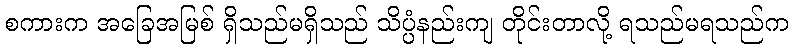
စကားက အခြေအမြစ် ရှိသည်မရှိသည် သိပ္ပံနည်းကျ တိုင်းတာလို့ ရသည်မရသည်က